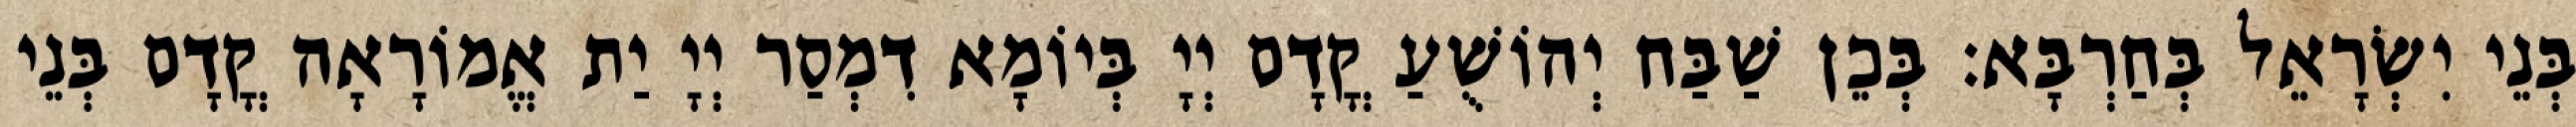
בְּנֵי יִשְׂרָאֵל בְּחַרְבָּא׃ בְּכֵן שַׁבַּח יְהוֹשֻׁעַ קֳדָם יְיָ בְּיוֹמָא דִמְסַר יְיָ יַת אֱמוֹרָאָה קֳדָם בְּנֵי